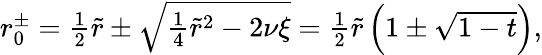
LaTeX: \begin{array}{r}{r_{0}^{\pm}=\frac{1}{2}\tilde{r}\pm\sqrt{\frac{1}{4}\tilde{r}^{2}-2\nu\xi}=\frac{1}{2}\tilde{r}\left(1\pm\sqrt{1-t}\right),}\end{array}